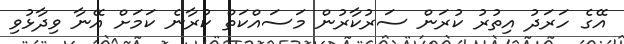
އޭގެ ހަރަދު އިތުރު ކުރަން ސަރުކާރުން މަސައްކަތް ކުރާނެ ކަމަށް އޭނާ ވިދާޅުވި